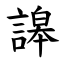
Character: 䜂